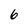
Character: 6